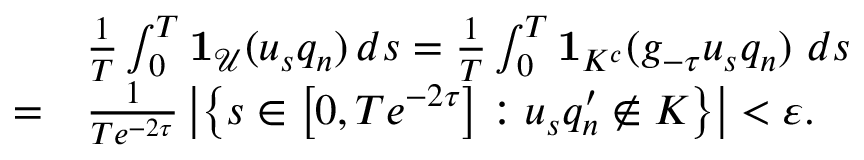
\begin{array} { r l } & { \frac { 1 } { T } \int _ { 0 } ^ { T } \mathbf { 1 } _ { \mathcal { U } } ( u _ { s } q _ { n } ) \, d s = \frac { 1 } { T } \int _ { 0 } ^ { T } \mathbf { 1 } _ { K ^ { c } } ( g _ { - \tau } u _ { s } q _ { n } ) \ d s } \\ { = } & { \frac { 1 } { T e ^ { - 2 \tau } } \left| \left\{ s \in \left[ 0 , T e ^ { - 2 \tau } \right] : u _ { s } q _ { n } ^ { \prime } \notin K \right\} \right| < \varepsilon . } \end{array}